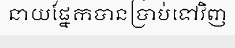
នាយផ្នែកបានប្រាប់ទៅវិញ